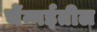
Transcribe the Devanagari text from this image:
चेंन्नईतील